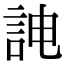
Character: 𮘁